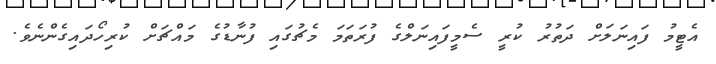
އެޓީމު ފައިނަލަށް ދަތުރު ކުރީ ސެމީފައިނަލްގެ ފުރަތަމަ މެޗުގައި ފުނާޑުގެ މައްޗަށް ކުރިހޯދައިގެންނެވެ.